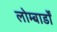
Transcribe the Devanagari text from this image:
लोम्बार्डों